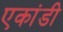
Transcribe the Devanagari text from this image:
एकांडी